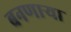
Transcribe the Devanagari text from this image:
बनणार्‍या